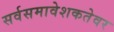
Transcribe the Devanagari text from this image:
सर्वसमावेशकतेवर